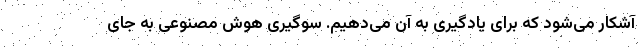
آشکار می‌شود که برای یادگیری به آن می‌دهیم. سوگیری هوش مصنوعی به جای